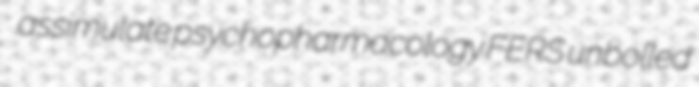
assimulate psychopharmacology FERS unbolled